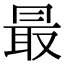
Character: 最